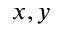
x , y